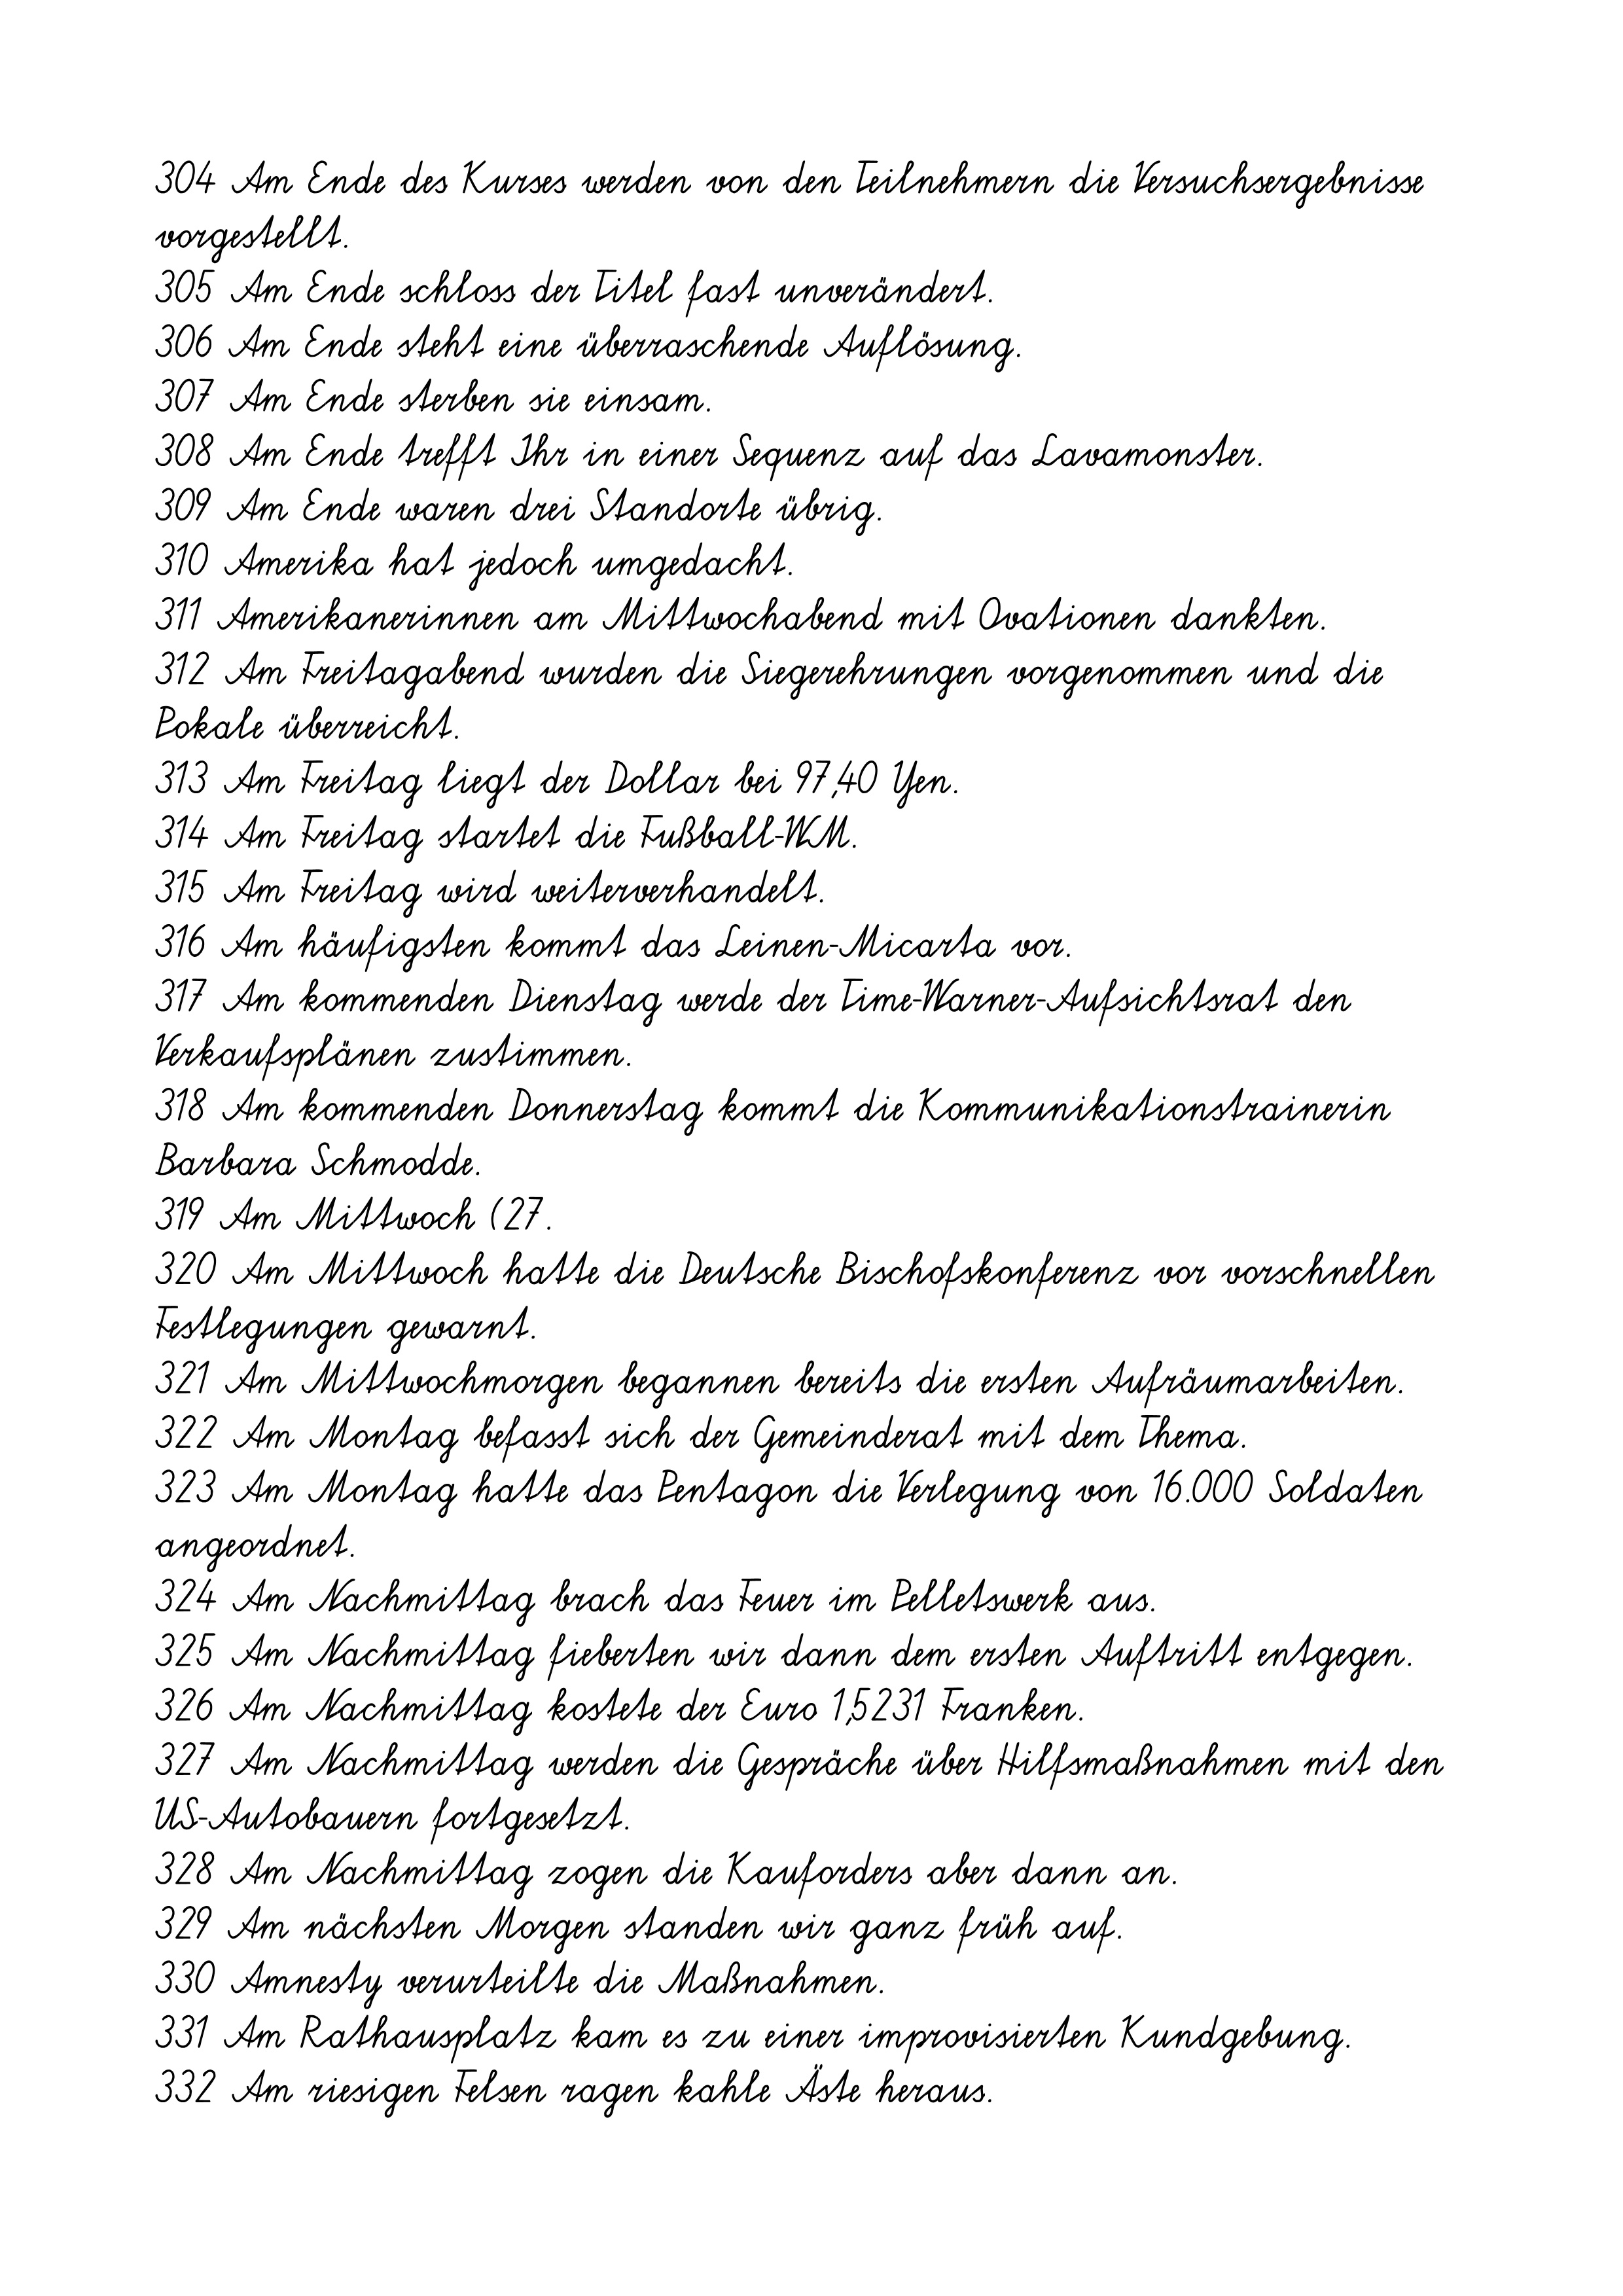
304 Am Ende des Kurses werden von den Teilnehmern die Versuchsergebnisse
vorgestellt.
305 Am Ende schloss der Titel fast unverändert.
306 Am Ende steht eine überraschende Auflösung.
307 Am Ende sterben sie einsam.
308 Am Ende trefft Ihr in einer Sequenz auf das Lavamonster.
309 Am Ende waren drei Standorte übrig.
310 Amerika hat jedoch umgedacht.
311 Amerikanerinnen am Mittwochabend mit Ovationen dankten.
312 Am Freitagabend wurden die Siegerehrungen vorgenommen und die
Pokale überreicht.
313 Am Freitag liegt der Dollar bei 97,40 Yen.
314 Am Freitag startet die Fußball-WM.
315 Am Freitag wird weiterverhandelt.
316 Am häufigsten kommt das Leinen-Micarta vor.
317 Am kommenden Dienstag werde der Time-Warner-Aufsichtsrat den
Verkaufsplänen zustimmen.
318 Am kommenden Donnerstag kommt die Kommunikationstrainerin
Barbara Schmodde.
319 Am Mittwoch (27.
320 Am Mittwoch hatte die Deutsche Bischofskonferenz vor vorschnellen
Festlegungen gewarnt.
321 Am Mittwochmorgen begannen bereits die ersten Aufräumarbeiten.
322 Am Montag befasst sich der Gemeinderat mit dem Thema.
323 Am Montag hatte das Pentagon die Verlegung von 16.000 Soldaten
angeordnet.
324 Am Nachmittag brach das Feuer im Pelletswerk aus.
325 Am Nachmittag fieberten wir dann dem ersten Auftritt entgegen.
326 Am Nachmittag kostete der Euro 1,5231 Franken.
327 Am Nachmittag werden die Gespräche über Hilfsmaßnahmen mit den
US-Autobauern fortgesetzt.
328 Am Nachmittag zogen die Kauforders aber dann an.
329 Am nächsten Morgen standen wir ganz früh auf.
330 Amnesty verurteilte die Maßnahmen.
331 Am Rathausplatz kam es zu einer improvisierten Kundgebung.
332 Am riesigen Felsen ragen kahle Äste heraus.